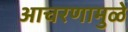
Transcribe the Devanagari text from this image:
आचरणामुळे